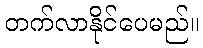
တက်လာနိုင်ပေမည်။